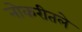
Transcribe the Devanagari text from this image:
नोकरीतले